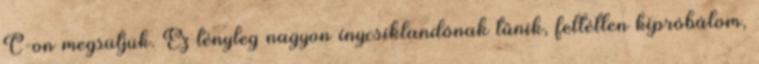
C-on megsütjük. Ez tényleg nagyon ínycsiklandónak tűnik, feltétlen kipróbálom,